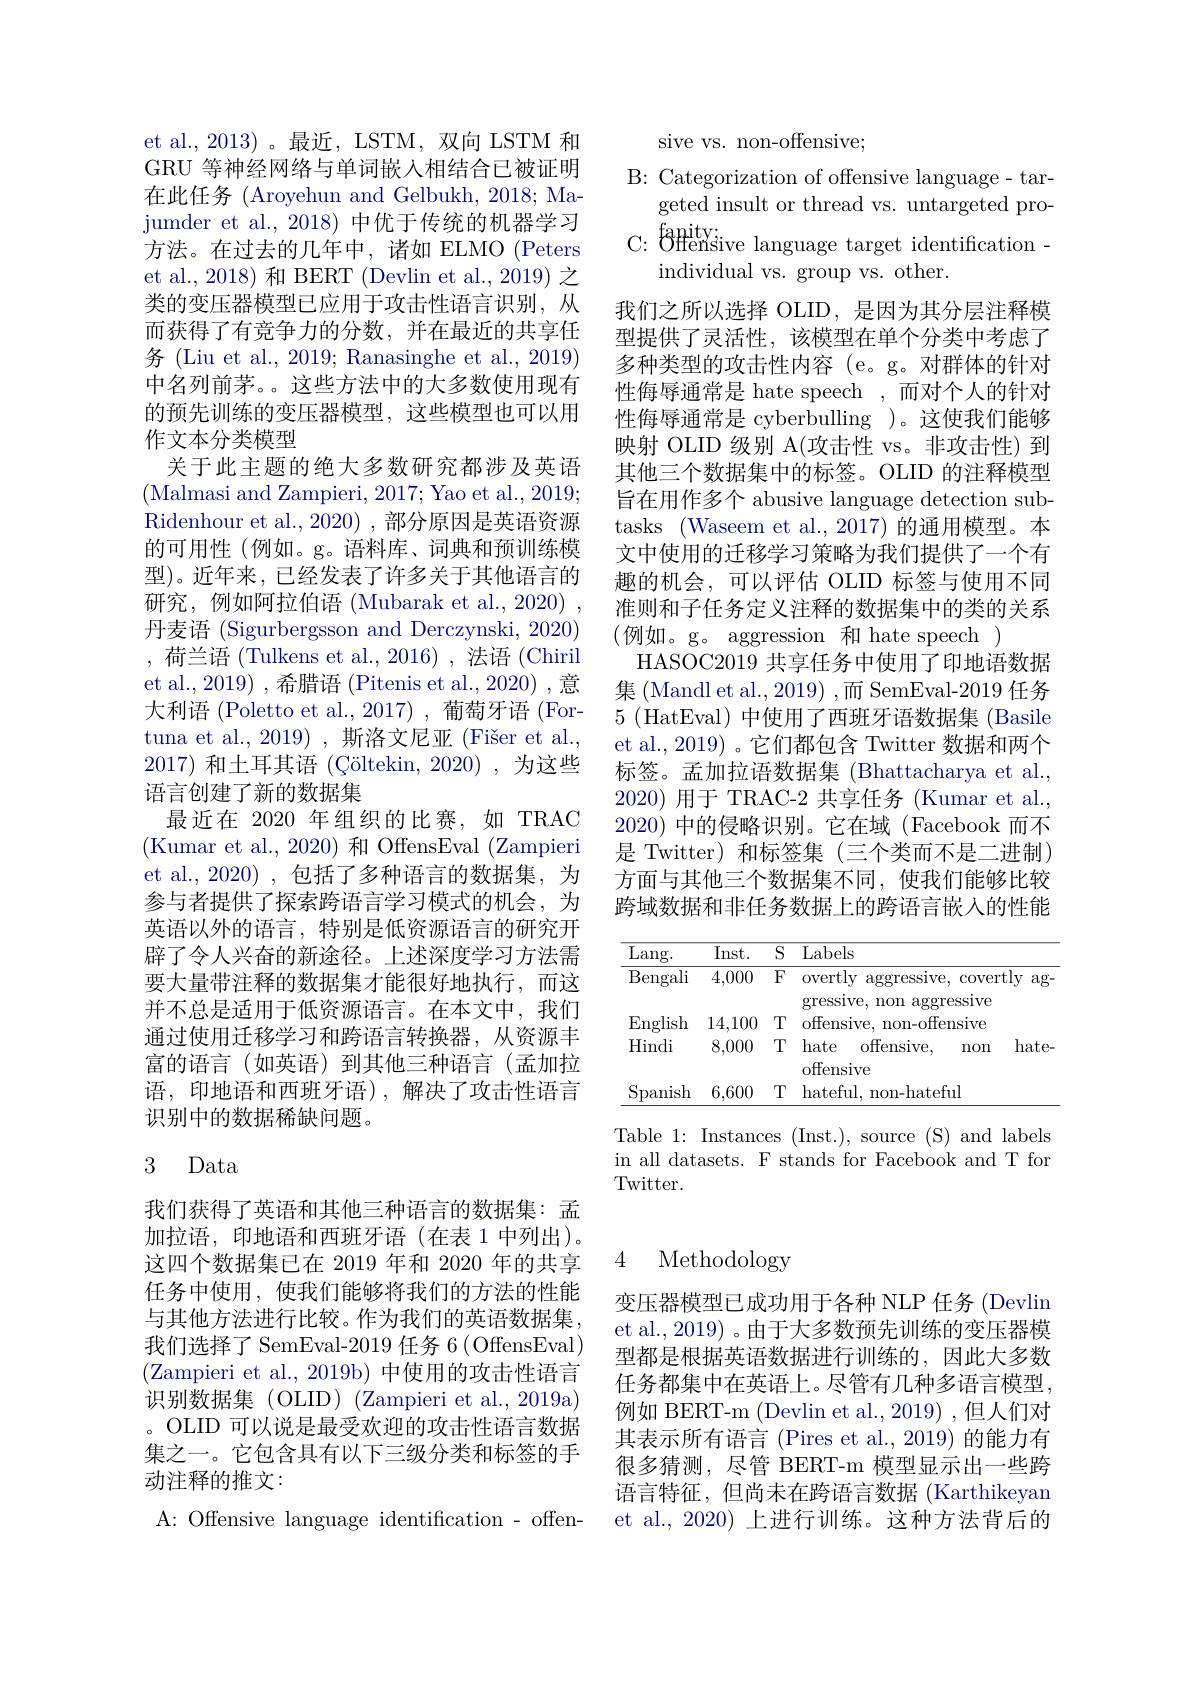
et al., 2013)。最近，LSTM, 双向 LSTM 和GRU 等神经网络与单词嵌入相结合已被证明在此任务 (Aroyehun and Gelbukh, 2018; Majumder et al., 2018) 中优于传统的机器学习方法。在过去的几年中，诸如 ELMO (Peters et al., 2018) 和 BERT (Devlin et al., 2019) 之类的变压器模型已应用于攻击性语言识别，从而获得了有竞争力的分数，并在最近的共享任务 (Liu et al., 2019; Ranasinghe et al., 2019) 中名列前茅。。这些方法中的大多数使用现有的预先训练的变压器模型，这些模型也可以用作文本分类模型
关于此主题的绝大多数研究都涉及英语(Malmasi and Zampieri, 2017; Yao et al., 2019; Ridenhour et al., 2020) , 部分原因是英语资源的可用性(例如。g。语料库、词典和预训练模型)。近年来，已经发表了许多关于其他语言的研究，例如阿拉伯语 (Mubarak et al., 2020) , 丹麦语 (Sigurbergsson and Derczynski, 2020) ,荷兰语 (Tulkens et al.,2016),法语 (Chiril et al., 2019) , 希腊语 (Pitenis et al., 2020) ,意大利语 (Poletto et al.,2017) ,葡萄牙语 (Fortuna et al., 2019) , 斯洛文尼亚 (Fišer et al., 2017) 和土耳其语 (Çöltekin, 2020) ,为这些语言创建了新的数据集
最近在 2020 年组织的比赛，如 TRAC (Kumar et al., 2020) 和 OffensEval (Zampieri et al., 2020) ,包括了多种语言的数据集，为参与者提供了探索跨语言学习模式的机会，为英语以外的语言，特别是低资源语言的研究开辟了令人兴奋的新途径。上述深度学习方法需要大量带注释的数据集才能很好地执行，而这并不总是适用于低资源语言。在本文中，我们通过使用迁移学习和跨语言转换器，从资源丰富的语言(如英语)到其他三种语言(孟加拉语，印地语和西班牙语),解决了攻击性语言识别中的数据稀缺问题。
3 Data

我们获得了英语和其他三种语言的数据集：孟加拉语，印地语和西班牙语(在表 1 中列出)。这四个数据集已在 2019 年和 2020 年的共享任务中使用，使我们能够将我们的方法的性能与其他方法进行比较。作为我们的英语数据集我们选择了 SemEval-2019 任务 6 (OffensEval) (Zampieri et al., 2019b) 中使用的攻击性语言识别数据集(OLID)(Zampieri et al.,2019a) 。OLID 可以说是最受欢迎的攻击性语言数据集之一。它包含具有以下三级分类和标签的手动注释的推文：
A: Offensive language identification- offen-

sive vs. non-offensive;

B: Categorization of offensive language- tar-

geted insult or thread vs. untargeted pro-

C: famityive language target identification -

individual vs. group vs. other.
我们之所以选择 OLID,是因为其分层注释模型提供了灵活性，该模型在单个分类中考虑了多种类型的攻击性内容(e。g。对群体的针对性侮辱通常是 hate speech ,而对个人的针对性侮辱通常是 cyberbulling )。这使我们能够映射 OLID 级别 A(攻击性 vs。非攻击性)到其他三个数据集中的标签。OLID 的注释模型旨在用作多个 abusive language detection subtasks (Waseem et al., 2017) 的通用模型。本文中使用的迁移学习策略为我们提供了一个有趣的机会，可以评估 OLID 标签与使用不同准则和子任务定义注释的数据集中的类的关系(例如。g。aggression 和 hate speech )
HASOC2019 共享任务中使用了印地语数据集 (Mandl et al.,2019) ,而 SemEval-2019 任务$5\allowbreak ( {\mathrm{mod}} $HatEval) 中 使 用 了 西 班 牙 语 数 据 集 ( Basile) et al., 2019) 。它们都包含 Twitter 数据和两个标签。孟加拉语数据集 (Bhattacharya et al., 2020)用于 TRAC-2 共享任务 (Kumar et al. 2020)中的侵略识别。它在域(Facebook 而不是 Twitter) 和标签集(三个类而不是二进制) 方面与其他三个数据集不同，使我们能够比较跨域数据和非任务数据上的跨语言嵌入的性能

<table>
	<tbody>
		<tr>
			<th>$\overline{\mathrm{Lang}}.$</th>
			<th>$\overline{\mathrm{Inst.}}$</th>
			<th>$\overline{S}$</th>
			<th>Labels</th>
			<th> </th>
		</tr>
		<tr>
			<td>$\overline{\text{Bengali}}$</td>
			<td>4,000</td>
			<td>$F$</td>
			<td>overtly aggressive, cow</td>
			<td>xvertly $ag.$</td>
		</tr>
		<tr>
			<td>$\operatorname{English}$</td>
			<td>14,100</td>
			<td>$T$</td>
			<td>$h^{1}$ · 74 offensive, non-offensive</td>
			<td>$\mathbf{I}\mathbf{V}\mathbf{U}$ $ve$</td>
		</tr>
		<tr>
			<td>Hindi</td>
			<td>8,000</td>
			<td>$T$</td>
			<td>hate offensive. $n0.$ offensive</td>
			<td>$hate.$ $.0n$</td>
		</tr>
		<tr>
			<td>Spanish</td>
			<td>6,600</td>
			<td>$T$</td>
			<td>hateful. non-hateful</td>
			<td> </td>
		</tr>
	</tbody>
</table>

Table 1: Instances (Inst.), source (S) and labels in all datasets. F stands for Facebook and T for Twitter.

# 4 Methodology

变压器模型已成功用于各种 NLP 任务 (Devlin et al., 2019) 。由于大多数预先训练的变压器模型都是根据英语数据进行训练的，因此大多数任务都集中在英语上。尽管有几种多语言模型例如 BERT-m (Devlin et al.,2019) ,但人们对其表示所有语言 (Pires et al.,2019) 的能力有很多猜测，尽管 BERT-m 模型显示出一些跨语言特征，但尚未在跨语言数据 (Karthikeyan et al., 2020) 上进行训练。这种方法背后的